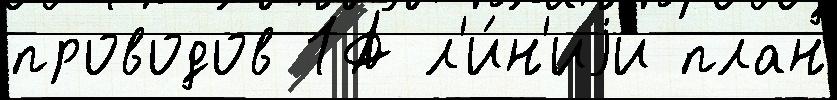
проводов 1А л'и́н'иjи план